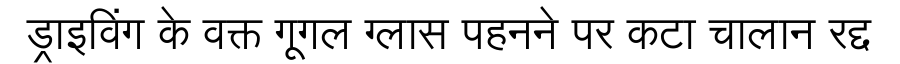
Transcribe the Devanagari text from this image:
ड्राइविंग के वक्त गूगल ग्लास पहनने पर कटा चालान रद्द